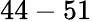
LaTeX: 44-51